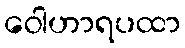
ဝေါဟာရပထာ